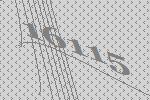
16115